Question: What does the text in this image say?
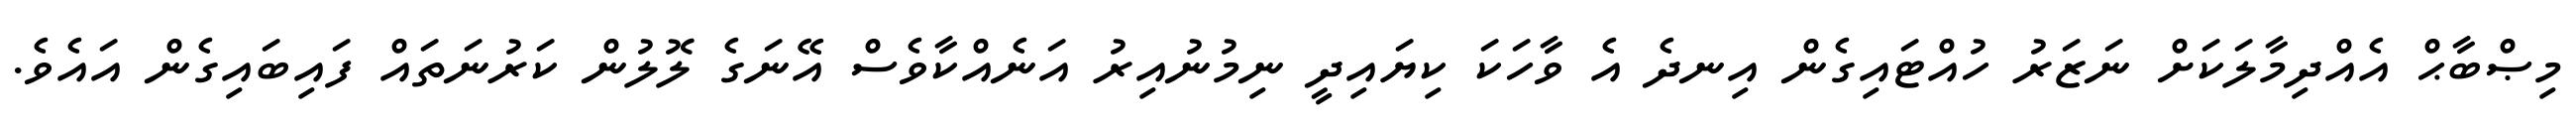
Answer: މިޞްބާޙް އެއްދިމާލަކަށް ނަޒަރު ހުއްޓައިގެން އިނދެ އެ ވާހަކަ ކިޔައިދީ ނިމުނުއިރު އަނެއްކާވެސް އޭނަގެ ލޮލުން ކަރުނަތައް ފައިބައިގެން އައެވެ.